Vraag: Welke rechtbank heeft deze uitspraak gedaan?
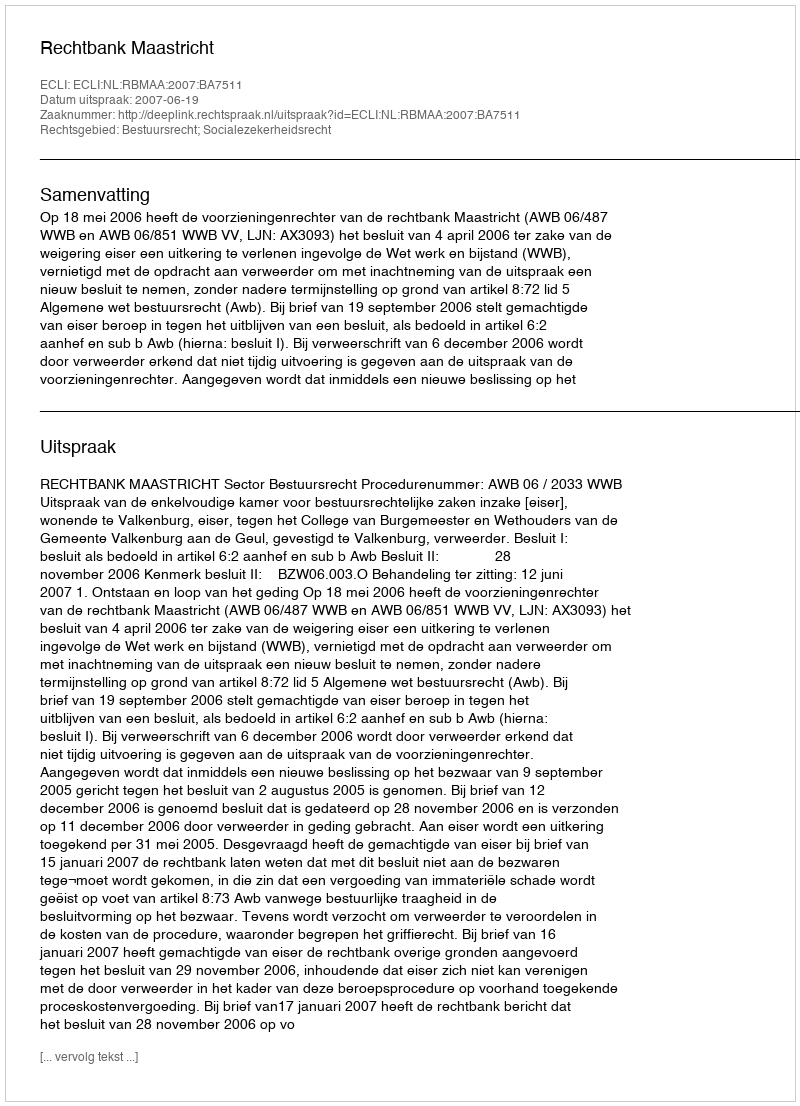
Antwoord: Rechtbank Maastricht